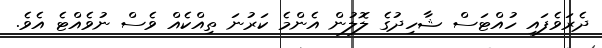
ދެރަވެފައި ހުއްޓަސް ޝާހިދުގެ ލޮލުން އެންމެ ކަރުނަ ތިއްކެއް ވެސް ނުވެއްޓެ އެވެ.